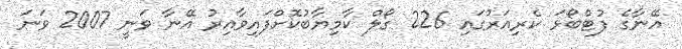
އޭނާގެ ފުޓްބޯޅަ ކެރިއަރުގައި 226 ގޯލް ކާމިޔާބުކޮށްފައިވާއިރު އޭނާ ވަނީ 2007 ވަނަ